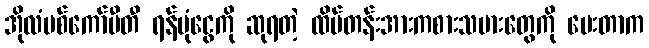
အိုလံပစ်ကော်မီတီ ရန်ပုံငွေကို ဆုရတဲ့ ထိပ်တန်းအားကစားသမားတွေကို ပေးတာက